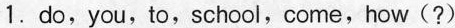
1.do,you,to,school,come,how(?)